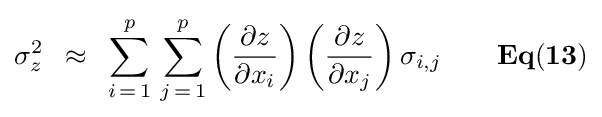
\sigma _{z}^{2}\,\,\,\approx \,\,\,\sum \limits _{i\,=\,1}^{p}{\,\sum \limits _{j\,=\,1}^{p}{\left({{\partial z} \over {\partial x_{i}}}\right)}}\left({{\partial z} \over {\partial x_{j}}}\right)\sigma _{i,j}{\mathbf {\,\,\,\,\,\,\,\,\,\,\,\,Eq(13)} }